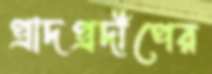
প্রাদপ্রদীপের